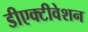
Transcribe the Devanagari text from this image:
डीएक्टीवेशन